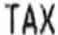
TAX